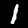
Label: 1